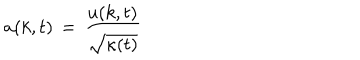
LaTeX: a ( k , t ) \, = \, { \frac { u ( k , t ) } { \sqrt { \kappa ( t ) } } }